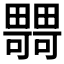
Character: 𤳴